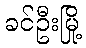
ခင်ဦးမြို့